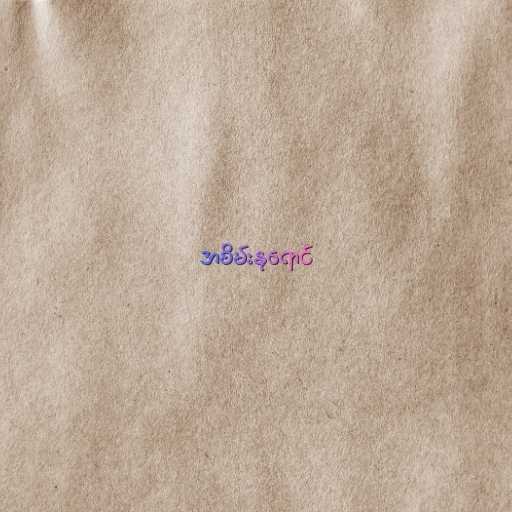
အစိမ်းနုရောင်